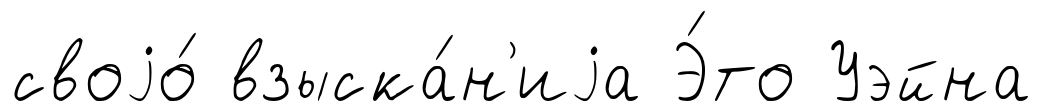
своjо́ взыска́н'иjа Э́то Уэйна